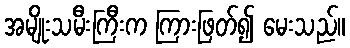
အမျိုးသမီးကြီးက ကြားဖြတ်၍ မေးသည်။